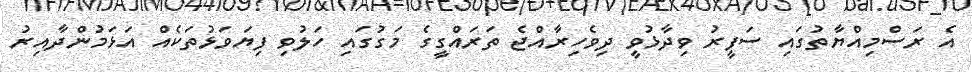
އެ ރަސްމިއްޔާތުގައި ސަފީރު ވިދާޅުވީ ދިވެހިރާއްޖެ ތަރައްގީގެ މަގުގައި ހަލުވި ފިޔަވަޅުތަކެއް އަޅަމުންދާއިރު